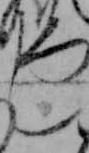
し